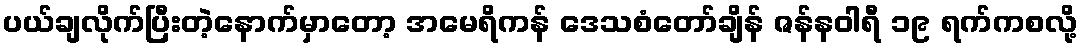
ပယ်ချလိုက်ပြီးတဲ့နောက်မှာတော့ အမေရိကန် ဒေသစံတော်ချိန် ဇန်နဝါရီ ၁၉ ရက်ကစလို့